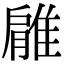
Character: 𨿱